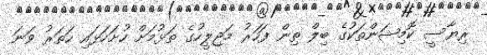
ރިޔާސީ ކޮމިޝަންތަކުގެ ބިލް ތިން ފަހަރު މަޖިލީހުގެ ތަޅުމަށް ހުށަހަޅައި ހަތަރު ވަނަ